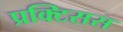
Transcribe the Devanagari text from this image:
प्रक्टिसस